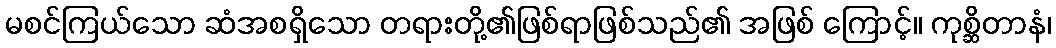
မစင်ကြယ်သော ဆံအစရှိသော တရားတို့၏ဖြစ်ရာဖြစ်သည်၏ အဖြစ် ကြောင့်။ ကုစ္ဆိတာနံ၊